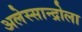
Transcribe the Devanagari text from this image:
अलेस्सान्द्रोला